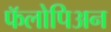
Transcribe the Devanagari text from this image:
फॅलोपिअन